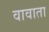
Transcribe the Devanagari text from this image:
वावाता